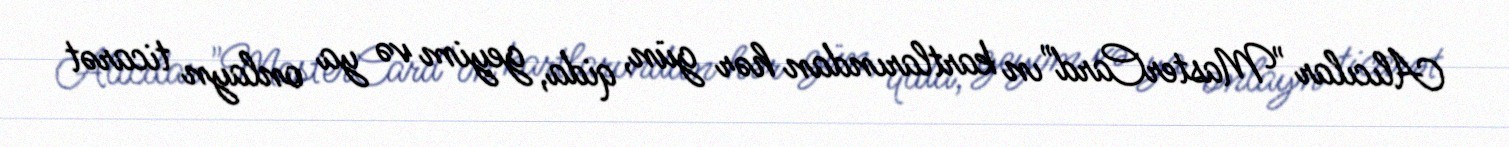
Alıcılar "MasterCard"ın kartlarından hər gün, qida, geyim və ya onlayn ticarət